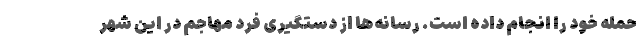
حمله خود را انجام داده است. رسانه‌ها از دستگیری فرد مهاجم در این شهر